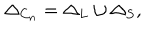
\Delta _ { C _ { n } } = \Delta _ { L } \cup \Delta _ { S } ,